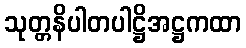
သုတ္တနိပါတပါဋ္ဌိအဋ္ဌကထာ